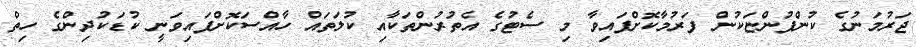
ޖަރުމަނުގެ ކުންފުންޏަކުން ފަރުމާކޮށްފައިވާ މި ސެޓުގެ އެތުރުންތަކާއި ކުލަތައް ހާއްސަކޮށްފައިވަނީ ކުޑަކުދިންގެ ހިތް